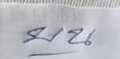
บน